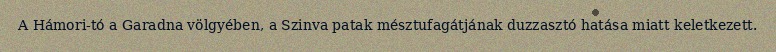
A Hámori-tó a Garadna völgyében, a Szinva patak mésztufagátjának duzzasztó hatása miatt keletkezett.